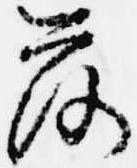
落